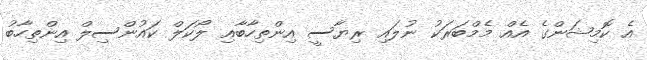
އެ ކޮމިޝަންގެ އެއް މެމްބަރަކު ނުލައި ރިޔާސީ އިންތިހާބާއި ލޯކަލް ކައުންސިލް އިންތިހާބު